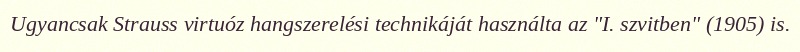
Ugyancsak Strauss virtuóz hangszerelési technikáját használta az "I. szvitben" (1905) is.